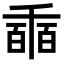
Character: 𠃇